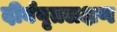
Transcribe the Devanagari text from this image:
दीर्घवृतलक्षण